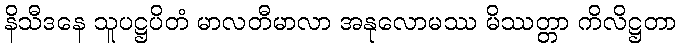
နိသီဒနေ သူပဋ္ဌပိတံ မာလတီမာလာ အနုလောမဿ မိဿတ္တာ ကိလိဋ္ဌတာ